Trukikaitis_Postimees, lk 360
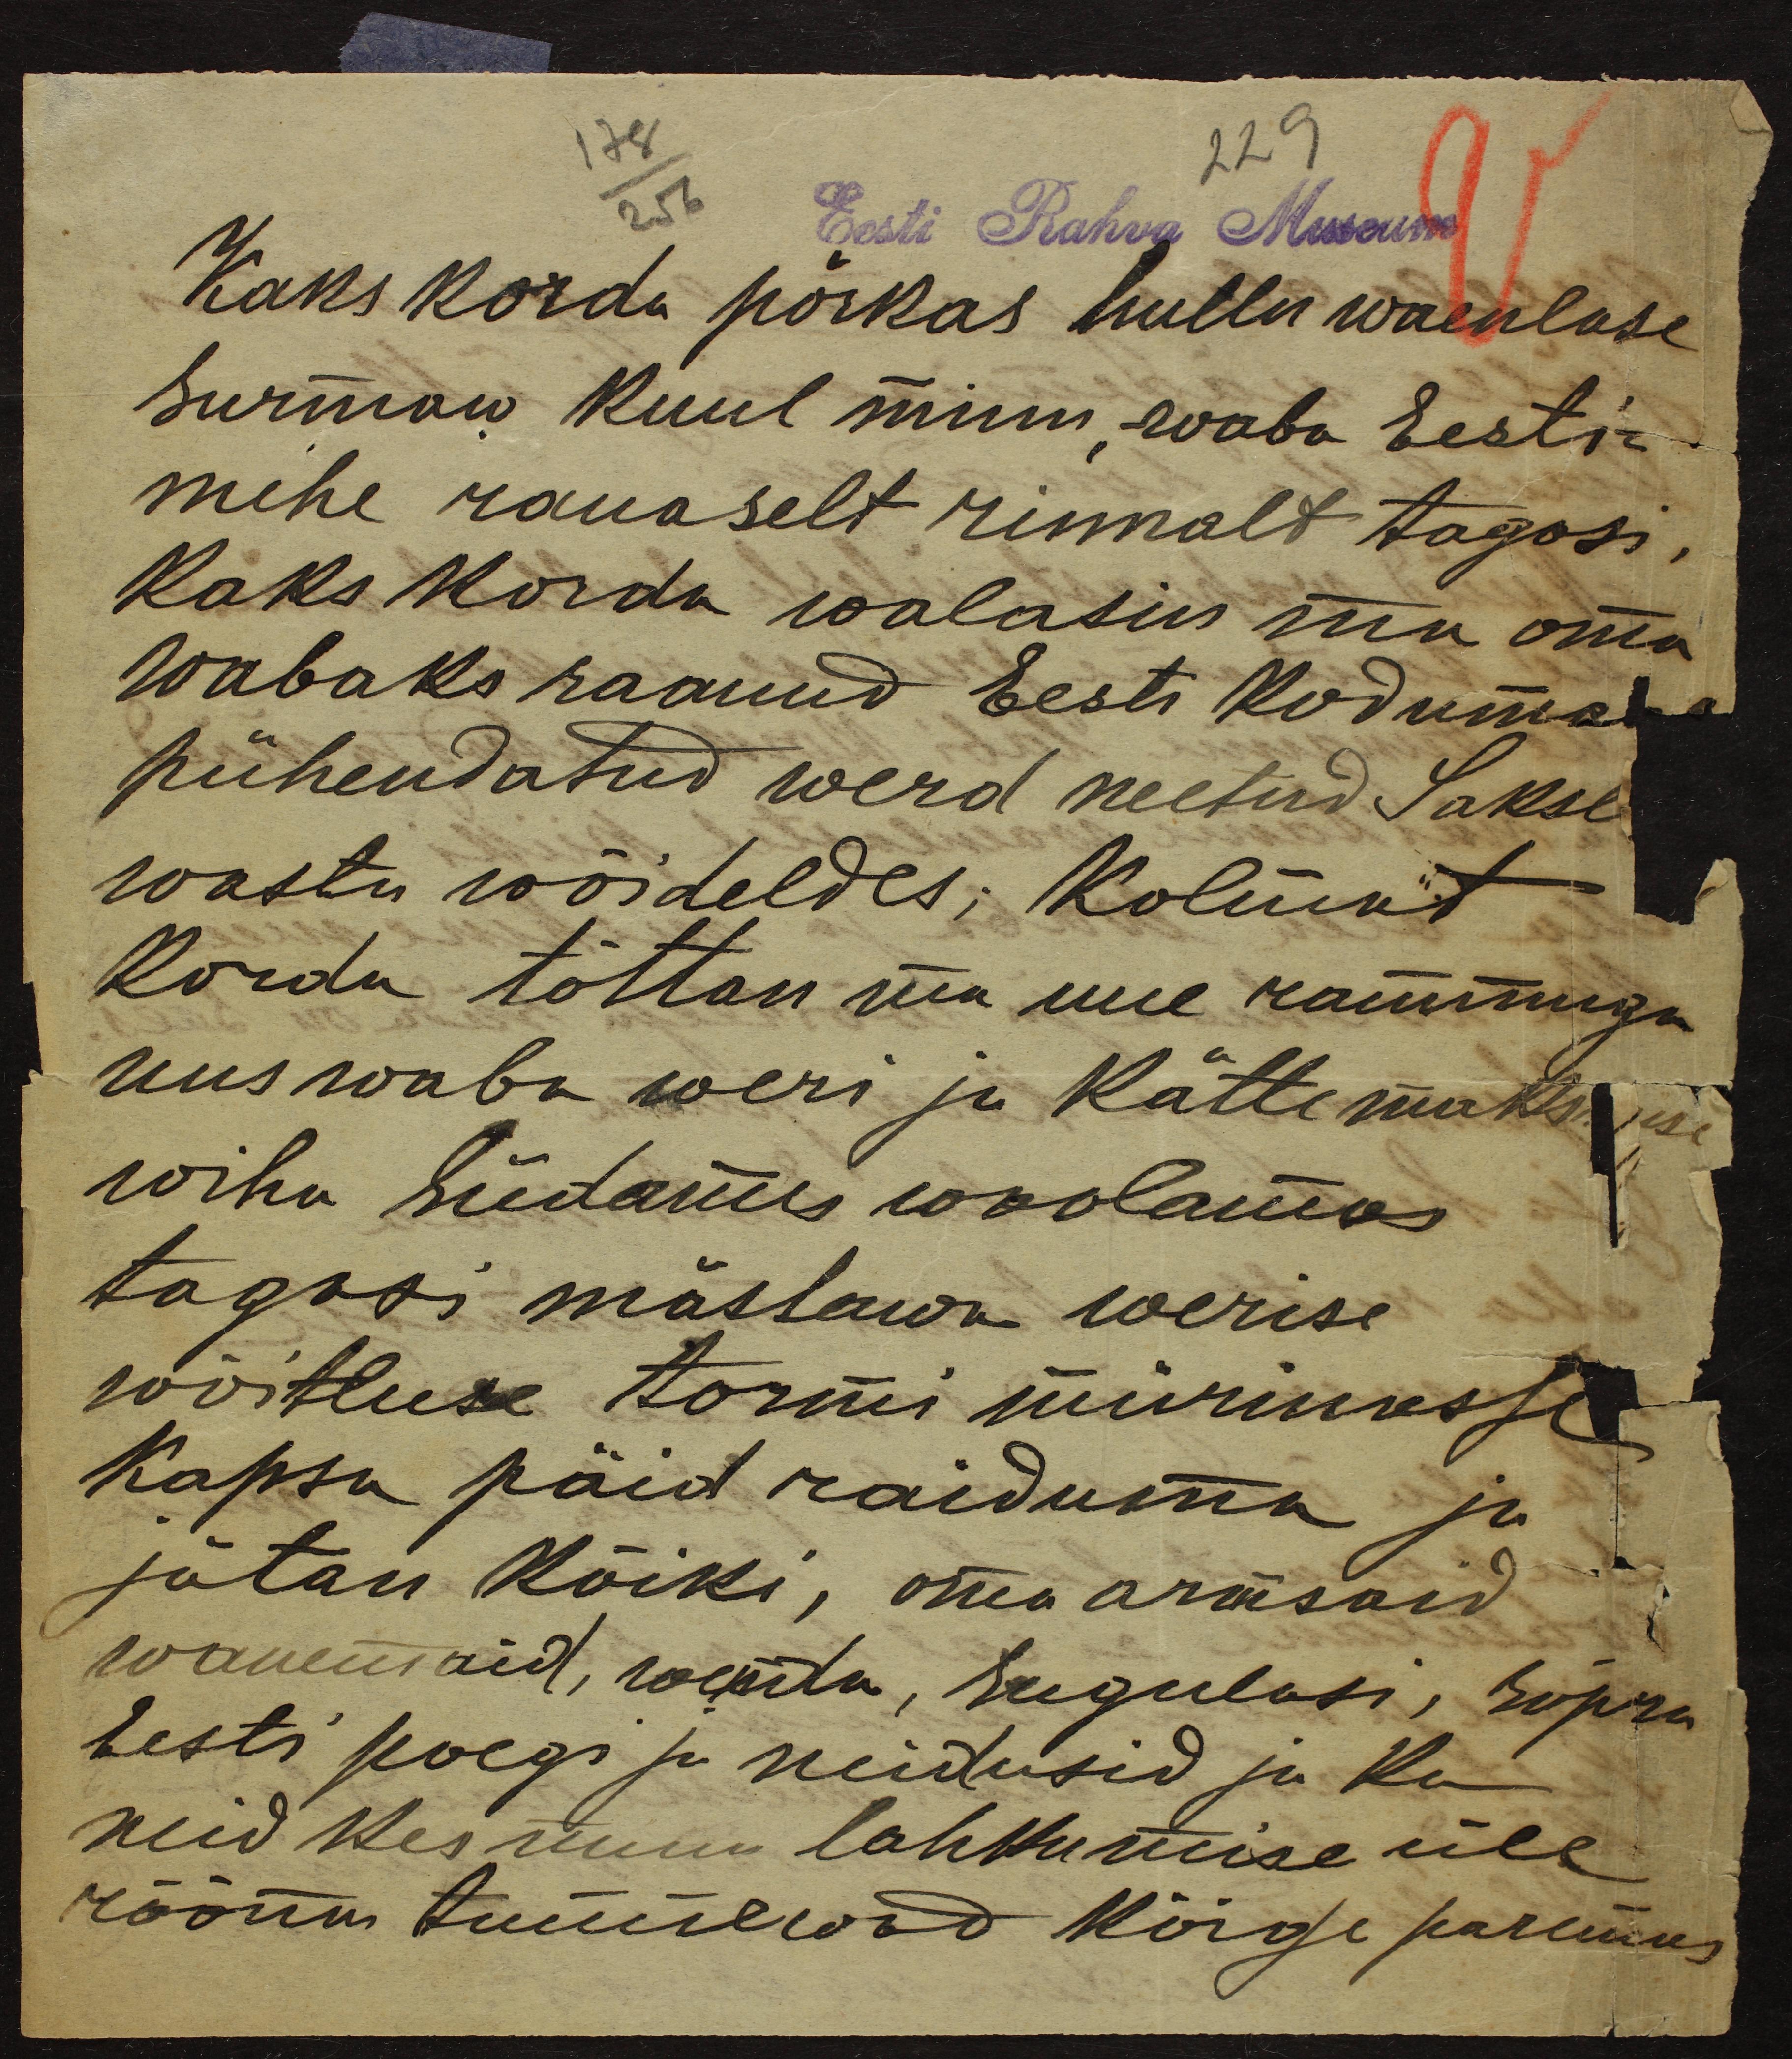
22
Eesti Rahva Museum
Kaks korda põrkas hullu waenlase
Surmaw kuul minu waba Eesti-
mehe rauaselt rinnalt tagasi.
Kaks korda walasin ma oma
wabaks saanud Eesti koduma
pühendatud werd neetud Saksl
wastu wõideldes; Kolmat
Korda tõttan ma uue rammuga
uus waba weri ja Kätte maks
wiha südames woolamas
tagasi mässawa werise
wõitluse tormi mürinasse
Kapsa päid raiduma ja
jätan kõiki, oma armsaid
wanemaid, wenda, sugulasi, sõpru
Eesti poegi ja neidusid ju Ka
neid kes minu lahkumise üle
rõõmu tunnewad kõige paremus